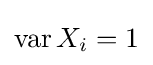
\operatorname {var} X_{i}=1